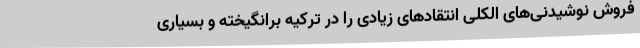
فروش نوشیدنی‌های الکلی انتقادهای زیادی را در ترکیه برانگیخته و بسیاری